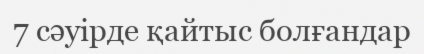
7 сәуірде қайтыс болғандар